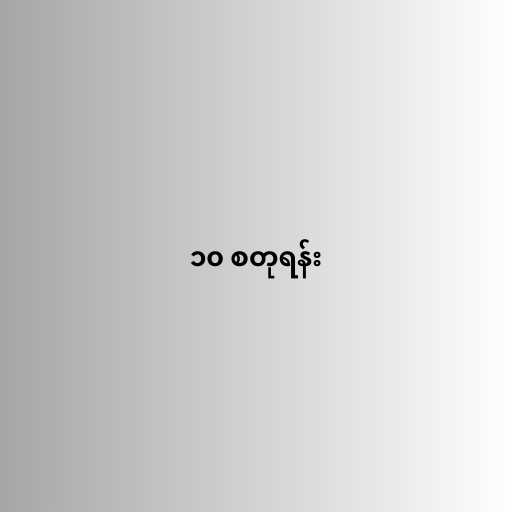
၁၀ စတုရန်း